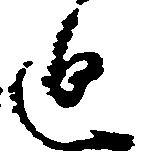
迫